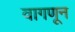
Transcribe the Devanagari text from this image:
वागणून